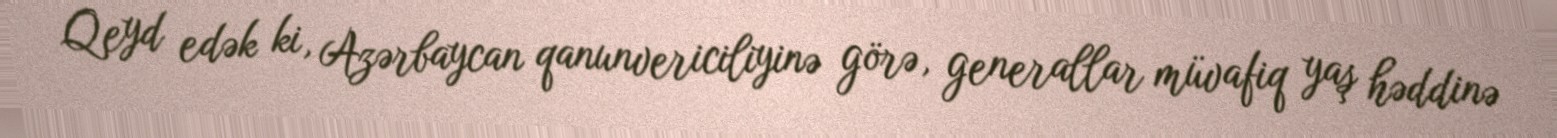
Qeyd edək ki, Azərbaycan qanunvericiliyinə görə, generallar müvafiq yaş həddinə